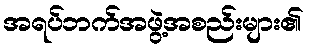
အရပ်ဘက်အဖွဲ့အစည်းများ၏